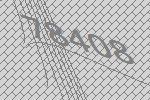
78408